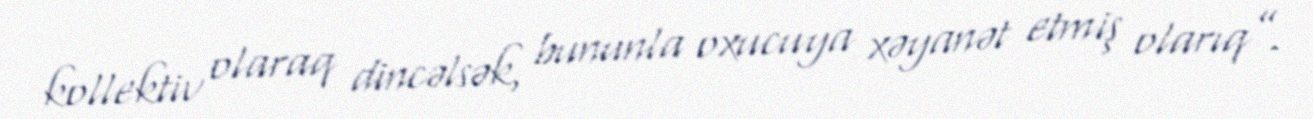
kollektiv olaraq dincəlsək, bununla oxucuya xəyanət etmiş olarıq”.